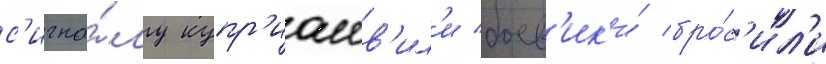
с'игна́лу купр'иашв'ил'и боев'ик'и́ бро́с'ил'и